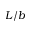
L / b